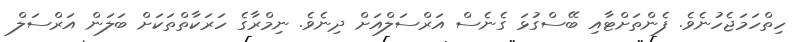
ހިތްހަމަޖެހުނެވެ. ފެންތަށްޓާއި ބޭސްގުޅަ ގެނެސް އަރްސަލްއަށް ދިނެވެ. ނިމްރާގެ ހަރަކާތްތަކަށް ބަލަން އަރްސަލް